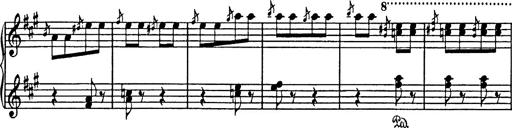
Title: Mephisto Polka
Composer: Franz Liszt